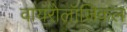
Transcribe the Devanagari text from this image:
वायरोलॉजिकल